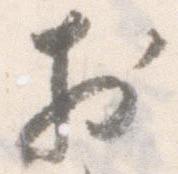
於